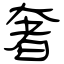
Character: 奢